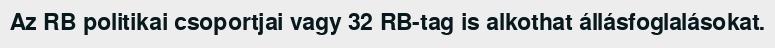
Az RB politikai csoportjai vagy 32 RB-tag is alkothat állásfoglalásokat.